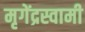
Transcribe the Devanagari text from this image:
मृगेंद्रस्वामी